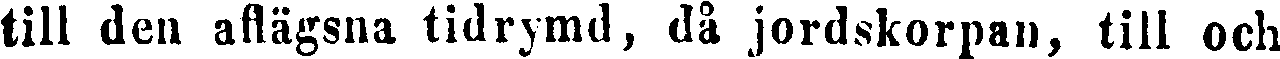
till den aflägsna tidrymd, då jordskorpan, till och